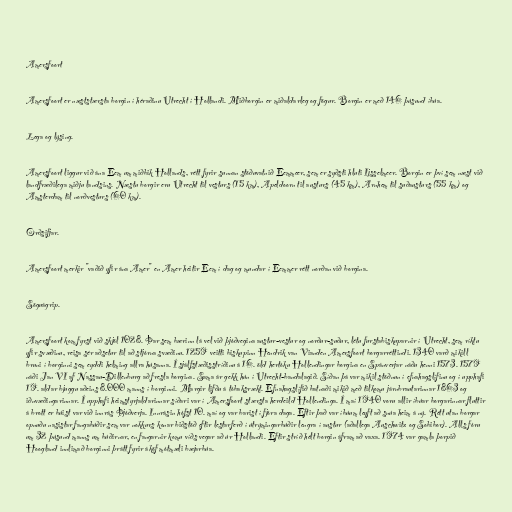
Amersfoort

Amersfoort er næststærsta borgin í héraðinu Utrecht í Hollandi. Miðborgin er miðaldarleg og fögur. Borgin er með 146 þúsund íbúa.

Lega og lýsing.

Amersfoort liggur við ána Eem um miðbik Hollands, rétt fyrir sunnan stöðuvatnið Eemmeer, sem er syðsti hluti Ijsselmeer. Borgin er því sem næst við
landfræðilega miðju landsins. Næstu borgir eru Utrecht til vesturs (15 km), Apeldoorn til austurs (45 km), Arnhem til suðausturs (55 km) og
Amsterdam til norðvesturs (60 km).

Orðsifjar.

Amersfoort merkir "vaðið yfir ána Amer" en Amer heitir Eem í dag og mundar í Eemmer rétt norðan við borgina.

Söguágrip.

Amersfoort kom fyrst við skjöl 1028. Þar sem bærinn lá vel við þjóðvegina austur-vestur og norður-suður, létu furstabiskuparnir í Utrecht, sem ríktu
yfir svæðinu, reisa sér aðsetur til að stjórna svæðinu. 1259 veitti biskupinn Hendrik van Vianden Amersfoort borgarréttindi. 1340 varð mikill
bruni í borginni sem eyddi helming allra húsanna. Í sjálfstæðisstríðinu á 16. öld hertóku Hollendingar borgina en Spánverjar náðu henni 1573. 1579
náði Jan VI af Nassau-Dillenburg að fresla borgina. Sama ár gekk hún í Utrecht-bandalagið. Síðan þá var mikil stöðnun í efnahagslífinu og í upphafi
19. aldar bjuggu aðeins 8.000 manns í borginni. Margir lifðu á tóbaksrækt. Efnahagslífið batnaði mikið með tilkomu járnbrautarinnar 1863 og
iðnvæðingarinnar. Í upphafi heimstyrjaldarinnar síðari var í Amersfoort stærsta herdeild Hollendinga. Í maí 1940 voru allir íbúar borgarinnar fluttir
á brott er búist var við innrás Þjóðverja. Innrásin hófst 10. maí og var barist í fjóra daga. Eftir það var íbúum leyft að snúa heim á ný. Rétt utan borgar
opnuðu nasistar fangabúðir sem var nokkurs konar biðstöð eftir lestarferð í útrýmingarbúðir lengra í austur (aðallega Auschwitz og Sobibor). Alls fóru
um 32 þúsund manns um búðirnar, en fangarnir komu víðs vegar að úr Hollandi. Eftir stríð hélt borgin áfram að vaxa. 1974 var gamla þorpið
Hoogland innlimað borginni þrátt fyrir áköf mótmæli bæjarbúa.